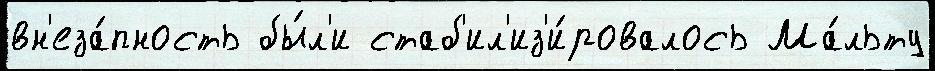
вн'еза́пность бы́л'и стаб'ил'из'и́ровалось Ма́льту